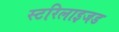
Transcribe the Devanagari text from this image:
स्टरिलाइजड